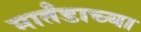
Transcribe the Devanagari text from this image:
मार्तंडाच्या